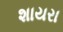
શાયરા